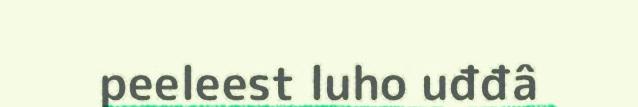
peeleest luho uđđâ